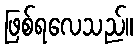
ဖြစ်ရလေသည်။